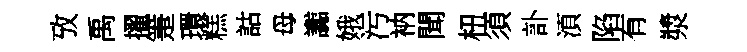
攷禹擢箑環糕詁母讟娥污衲聞杻須訃湏陷有漿